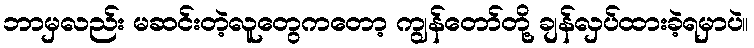
ဘာမှလည်း မဆင်းတဲ့လူတွေကတော့ ကျွန်တော်တို့ ချန်လှပ်ထားခဲ့ရမှာပဲ။